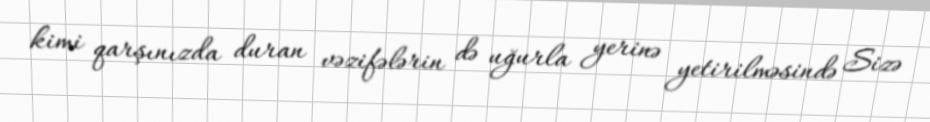
kimi qarşınızda duran vəzifələrin də uğurla yerinə yetirilməsində Sizə